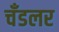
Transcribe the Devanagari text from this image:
चँडलर